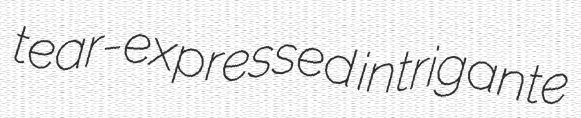
tear-expressed intrigante